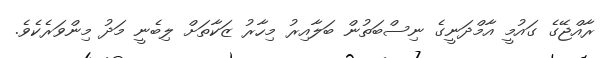
ރާއްޖޭގެ ގައުމީ އާމްދަނީގެ ނިސްބަތުން ބަލާއިރު މިހާރު ޒަކާތަށް ލިބެނީ މަދު މިންވަރެކެވެ.